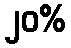
၂၀%